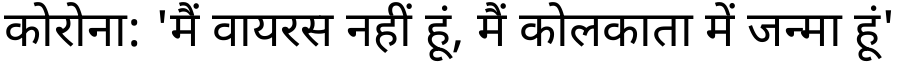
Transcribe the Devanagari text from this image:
कोरोना: 'मैं वायरस नहीं हूं, मैं कोलकाता में जन्मा हूं'